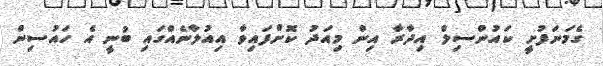
ގެމަނަފުށީ ކައުންސިލް އިދާރާ އިން މިއަދު ކޮށްފައިވާ އިއުލާނެއްގައި ބުނީ އެ ހައުސިން